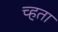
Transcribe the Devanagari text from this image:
च्हता